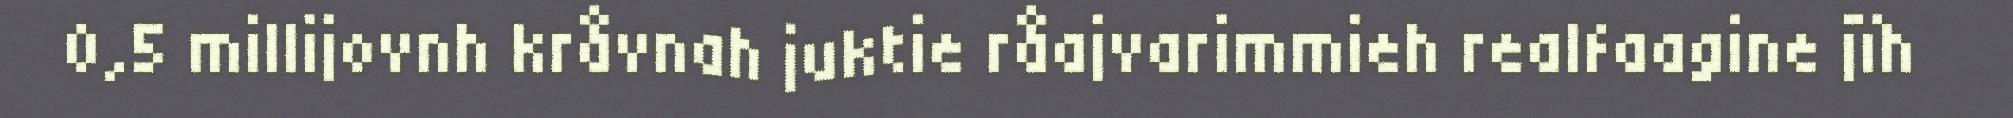
0,5 millijovnh kråvnah juktie råajvarimmieh realfaagine jïh